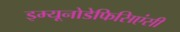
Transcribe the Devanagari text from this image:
इम्यूनोडेफिसिएंसी